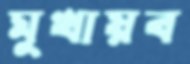
মুখায়ব